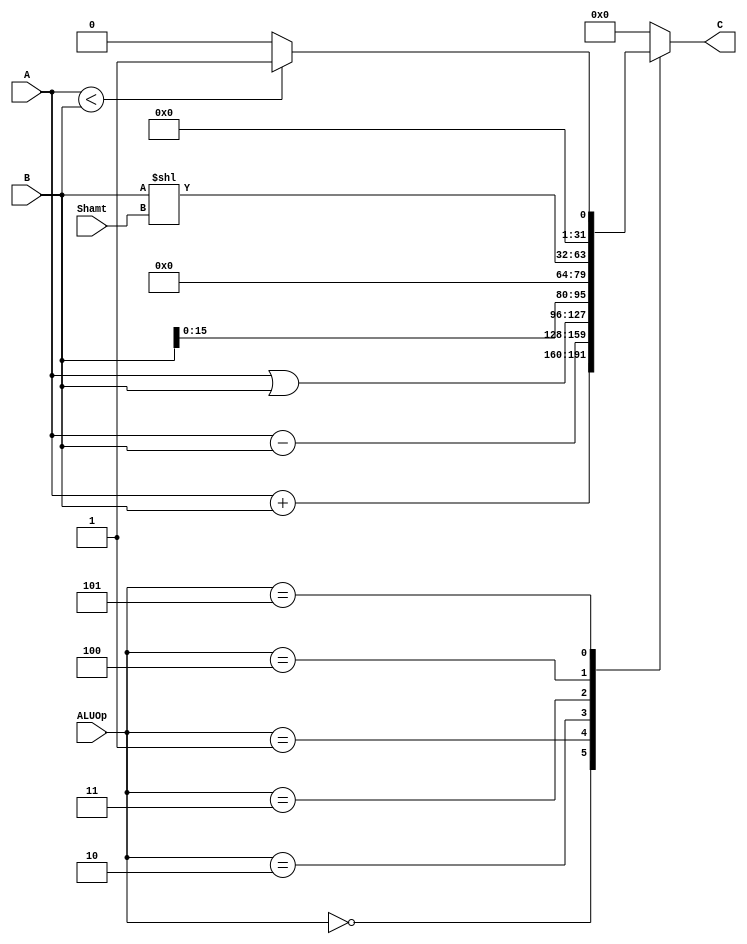
`timescale 1ns / 1ps
`define ALU_ADD  4'b0000
`define ALU_SUB  4'b0001
`define ALU_OR   4'b0010
`define ALU_LUI  4'b0011
`define ALU_SLL  4'b0100
`define ALU_SIGNCOM 4'b0101

//////////////////////////////////////////////////////////////////////////////////
// Company: 
// Engineer: 
// 
// Design Name: 
// Module Name:    alu 
// Project Name: 
// Target Devices: 
// Tool versions: 
// Description: 
//
// Dependencies: 
//
// Revision: 
// Revision 0.01 - File Created
// Additional Comments: 
//
//////////////////////////////////////////////////////////////////////////////////
module alu(
    input [31:0] A,
    input [31:0] B,
    input [3:0] ALUOp,
	 input [4:0] Shamt,
    output reg [31:0] C
    );
	 
	 always @(*) begin
		 case(ALUOp)
			`ALU_ADD: C = A + B;
			`ALU_SUB: C = A - B;
			`ALU_OR: C = A | B;
			`ALU_LUI: C = B << 32'd16;
			`ALU_SLL: C = B << Shamt;
			`ALU_SIGNCOM: C = $signed(A)<$signed(B) ? 32'b1 : 32'b0;
			default: C = 32'b0;
		 endcase
	 end

endmodule